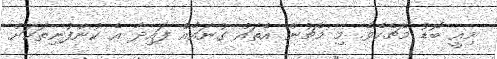
މިއީ ބޮޑު މެޗެކެވެ. މި މެޗުން އެތައް ގުނައެއް ފައިދާ އެ ކުންފުނިތަކަށް